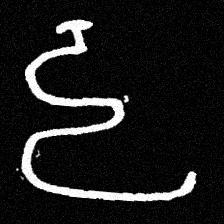
Pyu character \u2014 Myanmar letter: ဠ (romanized: lla)